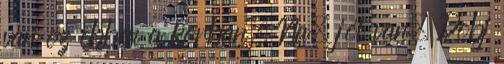
van ez ebben a korban. Na, jól van. Dobj